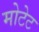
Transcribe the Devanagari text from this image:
मोटेट